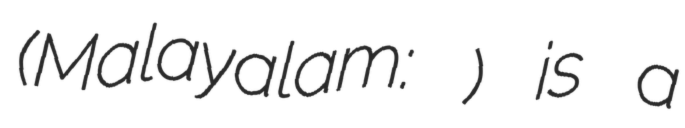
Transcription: (Malayalam:വിനയപൂർവ്വം വിദ്യാധരൻ) is a